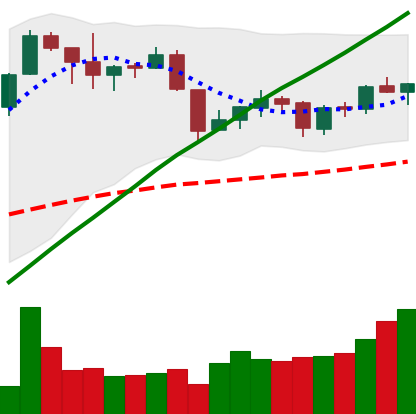
Ticker: XMR-USD
Chart end date: 2019-06-14
Forward return: 10.939%
Label: up_7plus